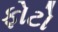
ફોટો